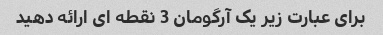
برای عبارت زیر یک آرگومان 3 نقطه ای ارائه دهید